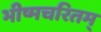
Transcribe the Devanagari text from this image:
भीष्मचरितम्